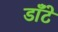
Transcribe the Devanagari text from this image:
डाँटे